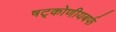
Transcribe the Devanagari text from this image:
षट्कोणीयबर्फ